system: You are a helpful assistant.
user:
Analyze the provided spectrum to determine if it is a **"Cataclysmic Variables (CV)"**.

- **Key Indicators for CV (Check for either state):**
    - **State 1: Quiescent / Low-State (Emission-Dominated)**
        - **(Primary):** Strong and *very broad* Hydrogen Balmer emission lines (e.g., $H\alpha$ at 6563 Å, $H\beta$ at 4861 Å). The 'broadness' (high velocity dispersion, often FWHM > 1000 km/s) is the key diagnostic, indicating a high-velocity accretion disk.
        - **(Secondary):** Broad neutral Helium (He I) emission lines (e.g., 5876 Å, 6678 Å).
        - **(Key Confirmation):** Presence of high-excitation *ionized* Helium (He II) emission at 4686 Å. This is a strong indicator of accretion onto a white dwarf.
        - **(Line Profile):** Emission lines may exhibit a 'double-peaked' profile, which is a classic signature of a rotating accretion disk viewed at high inclination.

    - **State 2: Outburst / High-State (Absorption-Dominated)**
        - **(Primary):** Spectrum is dominated by a bright, blue continuum (looks like a hot star).
        - **(Secondary):** The emission lines from State 1 are weak, absent, or 'filled in', and are replaced by broad, shallow *absorption* lines (primarily Balmer and He I).
        - **(Morphology):** The overall spectrum mimics a hot B/A-type star. The crucial difference is that the absorption lines are significantly broader, shallower, and more 'washed-out' (or 'smeared') than the sharp lines of a normal stellar photosphere, due to high rotational speeds and pressure broadening in the disk.

Think first, call **spectral_visualization_tool** if needed to examine features in detail, then provide your final answer. Your response must adhere to the following strict rules:
1.  **Overall Structure:** Your response must follow the format `<think>...</think> <tool_call>...</tool_call> (if a tool is used) <answer>...</answer>`.
2.  **Tool Usage Constraint:** You may only make **one** tool call per turn.
3.  **Final Answer Format:** In the `<answer>` tag, your conclusion must be inside a `\boxed{}` command (e.g., `\boxed{YES}`), followed by your justification.

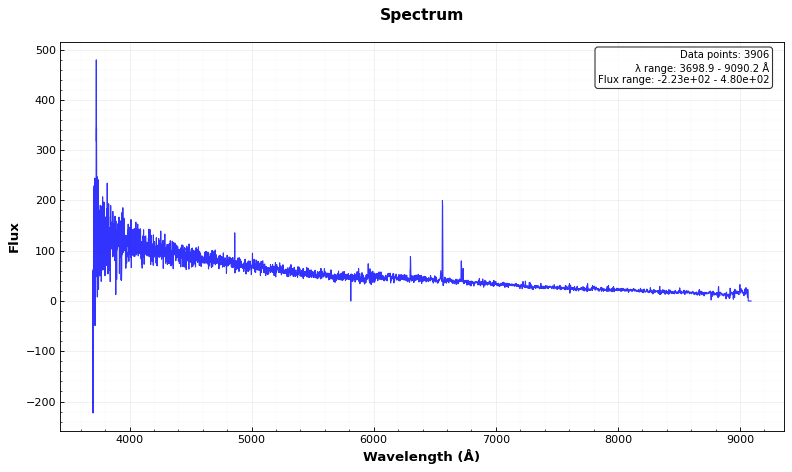
Answer: NO